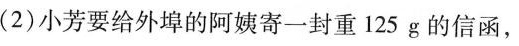
(2)小芳要给外埠的阿姨寄一封重125g的信函，